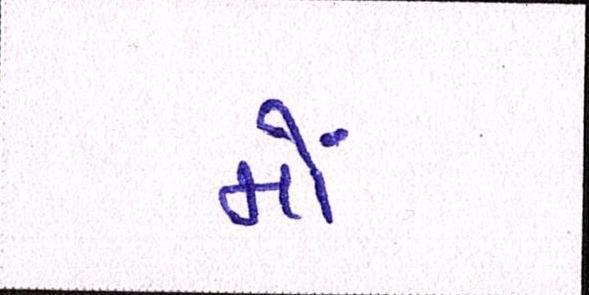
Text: મોં